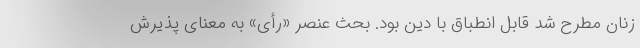
زنان مطرح شد قابل انطباق با دین بود. بحث عنصر «رأی» به معنای پذیرش